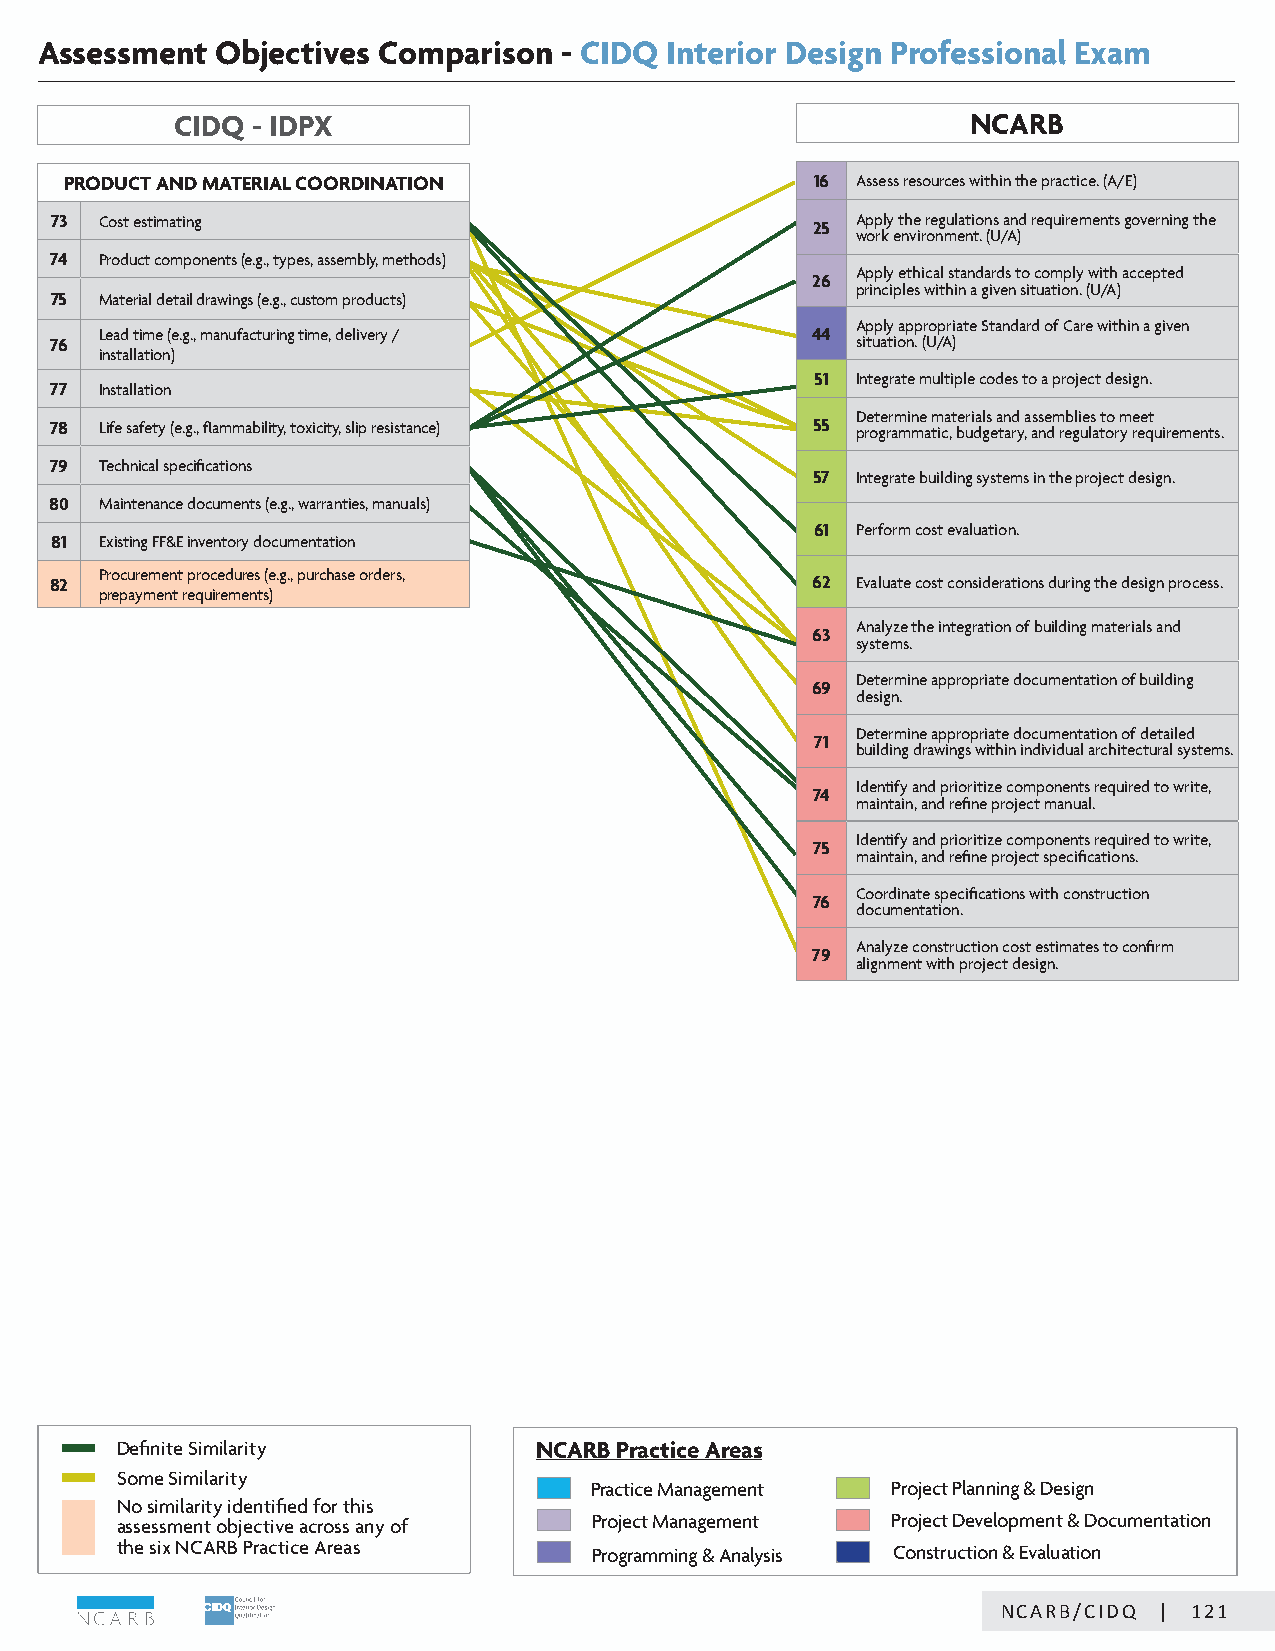
Assessment  Objectives Comparison  - CIDQ Interior Design Professional Exam
 CIDQ - IDPX                                         NCARB
 PRODUCT AND MATERIAL COORDINATION                 16 Assess resources within the practice. (A/E)
 73  Cost estimating                                25 Apply the regulations and requirements governing the
 work environment. (U/A)
 74  Product components (e.g., types, assembly, methods)
 Apply ethical standards to comply with accepted
 26
 principles within a given situation. (U/A)
 75  Material detail drawings (e.g., custom products)
 Apply appropriate Standard of Care within a given
 Lead time (e.g., manufacturing time, delivery / 44
 76                                                    situation. (U/A)
 installation)
 51 Integrate multiple codes to a project design.
 77  Installation
 Determine materials and assemblies to meet
 78  Life safety (e.g., flammability, toxicity, slip resistance) 55 programmatic, budgetary, and regulatory requirements.
 79  Technical specifications
 57 Integrate building systems in the project design.
 80  Maintenance documents (e.g., warranties, manuals)
 61 Perform cost evaluation.
 81  Existing FF&E inventory documentation
 Procurement procedures (e.g., purchase orders,
 82                                                 62 Evaluate cost considerations during the design process.
 prepayment requirements)
 Analyze the integration of building materials and
 63
 systems.
 Determine appropriate documentation of building
 69
 design.
 Determine appropriate documentation of detailed
 71
 building drawings within individual architectural systems.
 Identify and prioritize components required to write,
 74
 maintain, and refine project manual.
 Identify and prioritize components required to write,
 75
 maintain, and refine project specifications.
 Coordinate specifications with construction
 76
 documentation.
 Analyze construction cost estimates to confirm
 79
 alignment with project design.
 Definite Similarity        NCARB Practice Areas
 Some Similarity
 Practice Management Project Planning & Design
 No similarity identified for this
 assessment objective across any of Project Management Project Development & Documentation
 the six NCARB Practice Areas   Programming & Analysis Construction & Evaluation
 CNICDAQR/BN/CCIADRQB || 5121